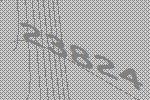
23824